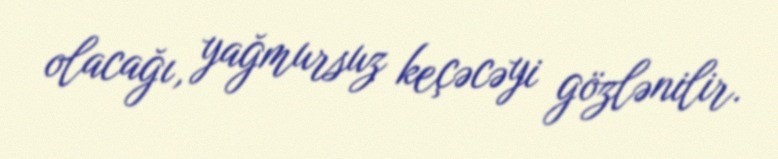
olacağı, yağmursuz keçəcəyi gözlənilir.